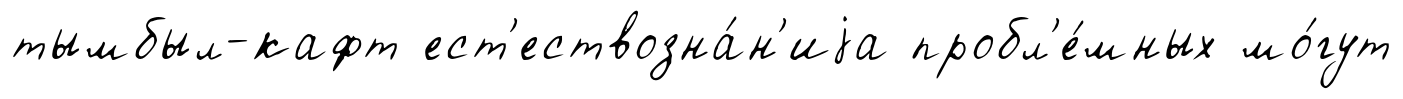
тымбыл-кафт ест'ествозна́н'иjа пробл'е́мных мо́гут